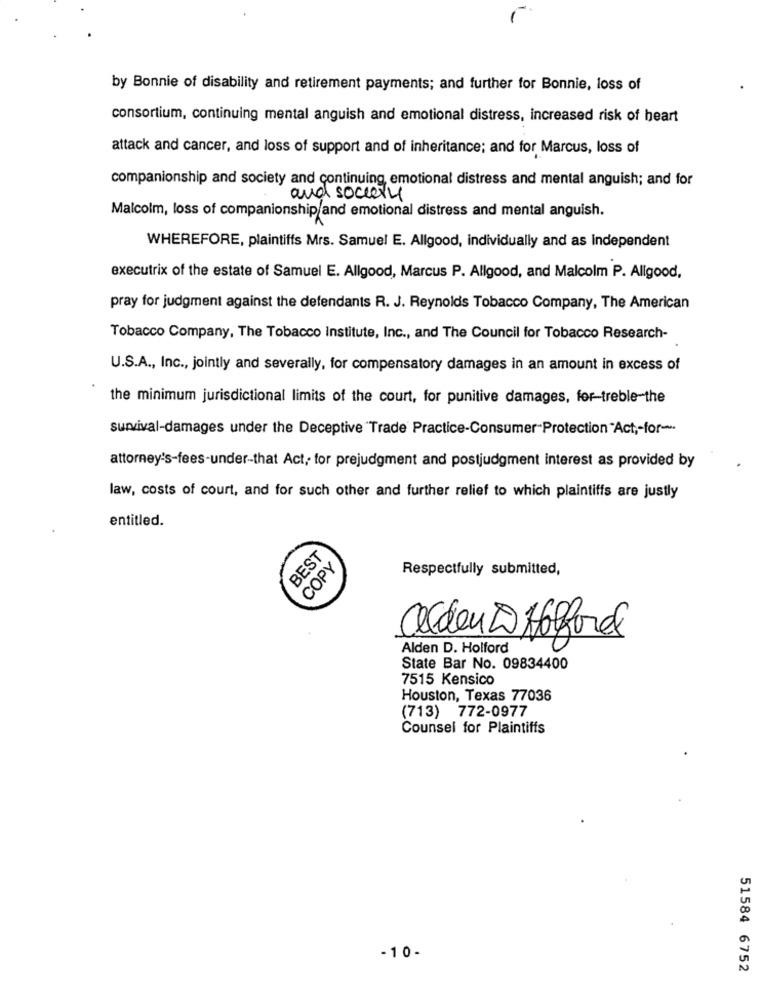
by Bonnie of disability and retirement payments; and further for Bonnie, loss of
consortium, continuing mental anguish and emotional distress, increased risk of heart
attack and cancer, and loss of support and of inheritance; and for Marcus, loss of
companionship and society and continuing, emotional distress and mental anguish; and for
and society
Malcolm, loss of companionship and emotional distress and mental anguish.
WHEREFORE, plaintiffs Mrs. Samuel E. Allgood, individually and as independent
executrix of the estate of Samuel E. Allgood, Marcus P. Allgood, and Malcolm P. Allgood,
pray for judgment against the defendants R. J. Reynolds Tobacco Company, The American
Tobacco Company, The Tobacco Institute, Inc ., and The Council for Tobacco Research-
U.S.A ., Inc ., jointly and severally, for compensatory damages in an amount in excess of
the minimum jurisdictional limits of the court, for punitive damages, for-treble-the
survival-damages under the Deceptive Trade Practice-Consumer-Protection Act ,- for-
attorney's-fees-under-that Act, for prejudgment and postjudgment interest as provided by
law, costs of court, and for such other and further relief to which plaintiffs are justly
entitled.
BEST
COPY
Respectfully submitted,
alden 2 Hofforel
Alden D. Holford
State Bar No. 09834400
7515 Kensico
Houston, Texas 77036
(713) 772-0977
Counsel for Plaintiffs
-10-
51584 6752